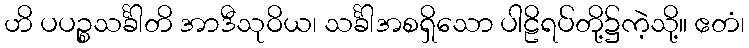
ဟိ ပပဉ္စသင်္ခါတိ အာဒီသုဝိယ၊ သင်္ခါအစရှိသော ပါဠိရပ်တို့၌ကဲ့သို့။ ဧတံ၊